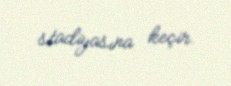
stadiyasına keçir.